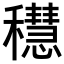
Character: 𥣴